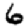
Digit: 6